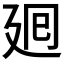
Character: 𢌞